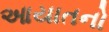
આયાતનો